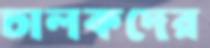
চালকদের